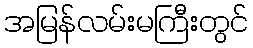
အမြန်လမ်းမကြီးတွင်